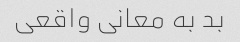
بد به معانی واقعی